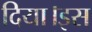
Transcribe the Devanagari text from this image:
दिया।इस